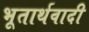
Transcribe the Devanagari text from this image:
भूतार्थवादी